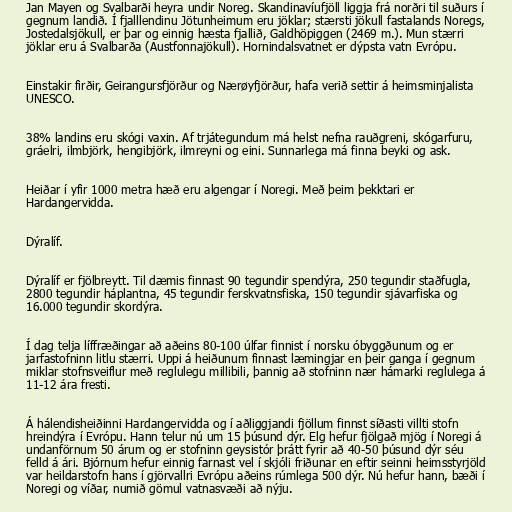
Jan Mayen og Svalbarði heyra undir Noreg. Skandinavíufjöll liggja frá norðri til suðurs í
gegnum landið. Í fjalllendinu Jötunheimum eru jöklar; stærsti jökull fastalands Noregs,
Jostedalsjökull, er þar og einnig hæsta fjallið, Galdhöpiggen (2469 m.). Mun stærri
jöklar eru á Svalbarða (Austfonnajökull). Hornindalsvatnet er dýpsta vatn Evrópu.

Einstakir firðir, Geirangursfjörður og Nærøyfjörður, hafa verið settir á heimsminjalista
UNESCO.

38% landins eru skógi vaxin. Af trjátegundum má helst nefna rauðgreni, skógarfuru,
gráelri, ilmbjörk, hengibjörk, ilmreyni og eini. Sunnarlega má finna beyki og ask.

Heiðar í yfir 1000 metra hæð eru algengar í Noregi. Með þeim þekktari er
Hardangervidda.

Dýralíf.

Dýralíf er fjölbreytt. Til dæmis finnast 90 tegundir spendýra, 250 tegundir staðfugla,
2800 tegundir háplantna, 45 tegundir ferskvatnsfiska, 150 tegundir sjávarfiska og
16.000 tegundir skordýra.

Í dag telja líffræðingar að aðeins 80-100 úlfar finnist í norsku óbyggðunum og er
jarfastofninn litlu stærri. Uppi á heiðunum finnast læmingjar en þeir ganga í gegnum
miklar stofnsveiflur með reglulegu millibili, þannig að stofninn nær hámarki reglulega á
11-12 ára fresti.

Á hálendisheiðinni Hardangervidda og í aðliggjandi fjöllum finnst síðasti villti stofn
hreindýra í Evrópu. Hann telur nú um 15 þúsund dýr. Elg hefur fjölgað mjög í Noregi á
undanförnum 50 árum og er stofninn geysistór þrátt fyrir að 40-50 þúsund dýr séu
felld á ári. Bjórnum hefur einnig farnast vel í skjóli friðunar en eftir seinni heimsstyrjöld
var heildarstofn hans í gjörvallri Evrópu aðeins rúmlega 500 dýr. Nú hefur hann, bæði í
Noregi og víðar, numið gömul vatnasvæði að nýju.